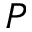
P